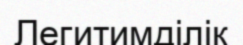
Легитимділік